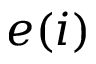
e ( i )